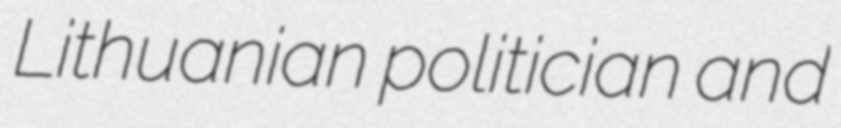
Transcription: Lithuanian politician and